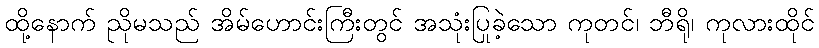
ထို့နောက် ညိုမသည် အိမ်ဟောင်းကြီးတွင် အသုံးပြုခဲ့သော ကုတင်၊ ဘီရို၊ ကုလားထိုင်